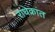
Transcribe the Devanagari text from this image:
राधेकांत